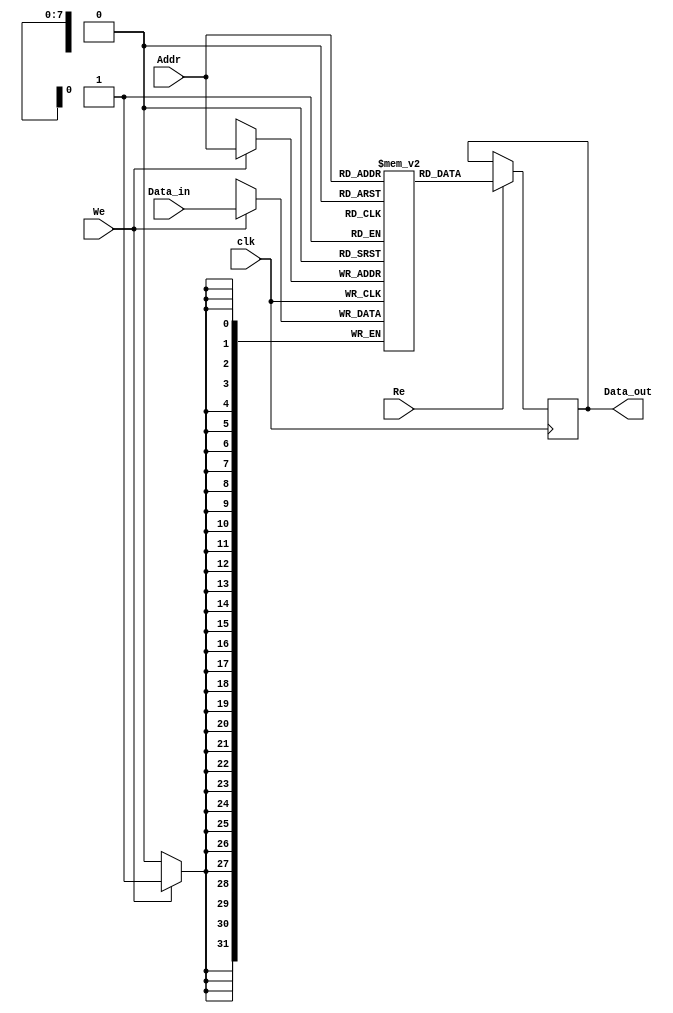
module InstructionScratchpadMemory #(
    parameter ADDR_WIDTH = 8,    // Width of address bus
    parameter DATA_WIDTH = 32,    // Width of data bus
    parameter SPM_SIZE = (1 << ADDR_WIDTH) // Size of scratchpad memory (2^ADDR_WIDTH)
)(
    input wire clk,                // Clock signal
    input wire [(ADDR_WIDTH-1):0] Addr,     // Address Bus
    input wire [(DATA_WIDTH-1):0] Data_in,   // Data Input Bus
    input wire Re,                 // Read Enable
    input wire We,                 // Write Enable
    output reg [(DATA_WIDTH-1):0] Data_out    // Data Output Bus
);

    // Memory array declaration
    reg [DATA_WIDTH-1:0] memory [0:SPM_SIZE-1];

    // Read and Write operations
    always @(posedge clk) begin
        if (We) begin
            memory[Addr] <= Data_in; // Write operation
        end
    end

    always @(posedge clk) begin
        if (Re) begin
            Data_out <= memory[Addr]; // Read operation
        end
    end

endmodule